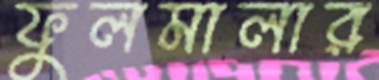
ফুলমালার